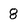
Character: 8